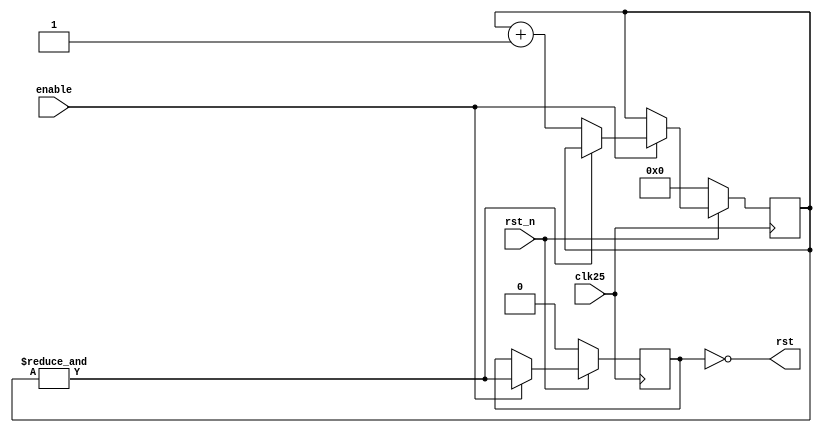
// Licensed to the Apache Software Foundation (ASF) under one
// or more contributor license agreements.  See the NOTICE file
// distributed with this work for additional information
// regarding copyright ownership.  The ASF licenses this file
// to you under the Apache License, Version 2.0 (the
// "License"); you may not use this file except in compliance
// with the License.  You may obtain a copy of the License at
//
//   http://www.apache.org/licenses/LICENSE-2.0
//
// Unless required by applicable law or agreed to in writing,
// software distributed under the License is distributed on an
// "AS IS" BASIS, WITHOUT WARRANTIES OR CONDITIONS OF ANY
// KIND, either express or implied.  See the License for the
// specific language governing permissions and limitations
// under the License.
//
// Description: Clock divider to provide clock enables for
//              devices.
//
// Author.....: Alan Garfield
//              Niels A. Moseley
// Date.......: 29-1-2018
//

module pwr_reset(
    input clk25,        // 25Mhz master clock
    input rst_n,        // active low synchronous reset
    input enable,       // clock enable
    output rst          // active high synchronous system reset
    );

    reg hard_reset;
    reg [5:0] reset_cnt;
    wire pwr_up_flag = &reset_cnt;

    always @(posedge clk25)
    begin
        if (rst_n == 1'b0)
        begin
            reset_cnt  <= 6'b0;
            hard_reset <= 1'b0;
        end
        else if (enable)
        begin
            if (!pwr_up_flag)
                reset_cnt <= reset_cnt + 6'b1;

            hard_reset <= pwr_up_flag;
        end
    end

    assign rst = ~hard_reset;

endmodule